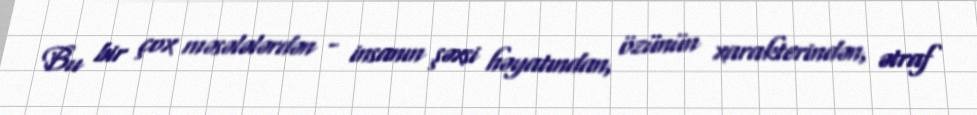
Bu bir çox məsələlərdən - insanın şəxsi həyatından, özünün xarakterindən, ətraf